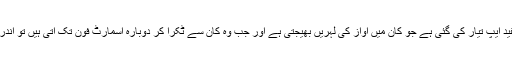
اسی اہمیت کو دیکھتے ہوئے ایک دلچسپ اور مفید ایپ تیار کی گئی ہے جو کان میں آواز کی لہریں بھیجتی ہے اور جب وہ کان سے ٹکرا کر دوبارہ اسمارٹ فون تک آتی ہیں تو اندر موجود زخم ، مائع یا انفیکشن کی خبر دیتی ہے۔